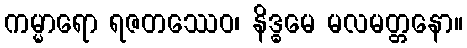
ကမ္မာရော ရဇတဿေဝ၊ နိဒ္ဓမေ မလမတ္တနော။